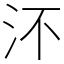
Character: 㳅